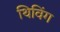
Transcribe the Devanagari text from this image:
थिविंग